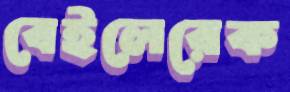
বেইলেরেক